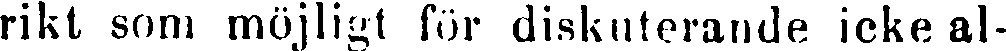
rikt som möjligt för diskuterande icke al-